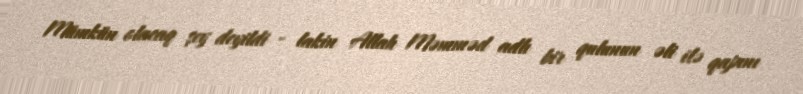
Mümkün olacaq şey deyildi - lakin Allah Məmməd adlı bir qulunun əli ilə qapını